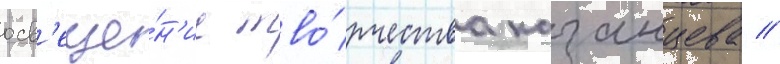
осв'еще́н'ие тво́рчества казанцева //